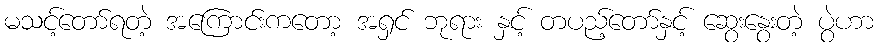
မသင့်တော်ရတဲ့ အကြောင်းကတော့ အရှင် ဘုရား နှင့် တပည့်တော်နှင့် ဆွေးနွေးတဲ့ ပွဲဟာ